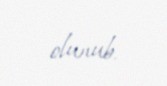
olunub.